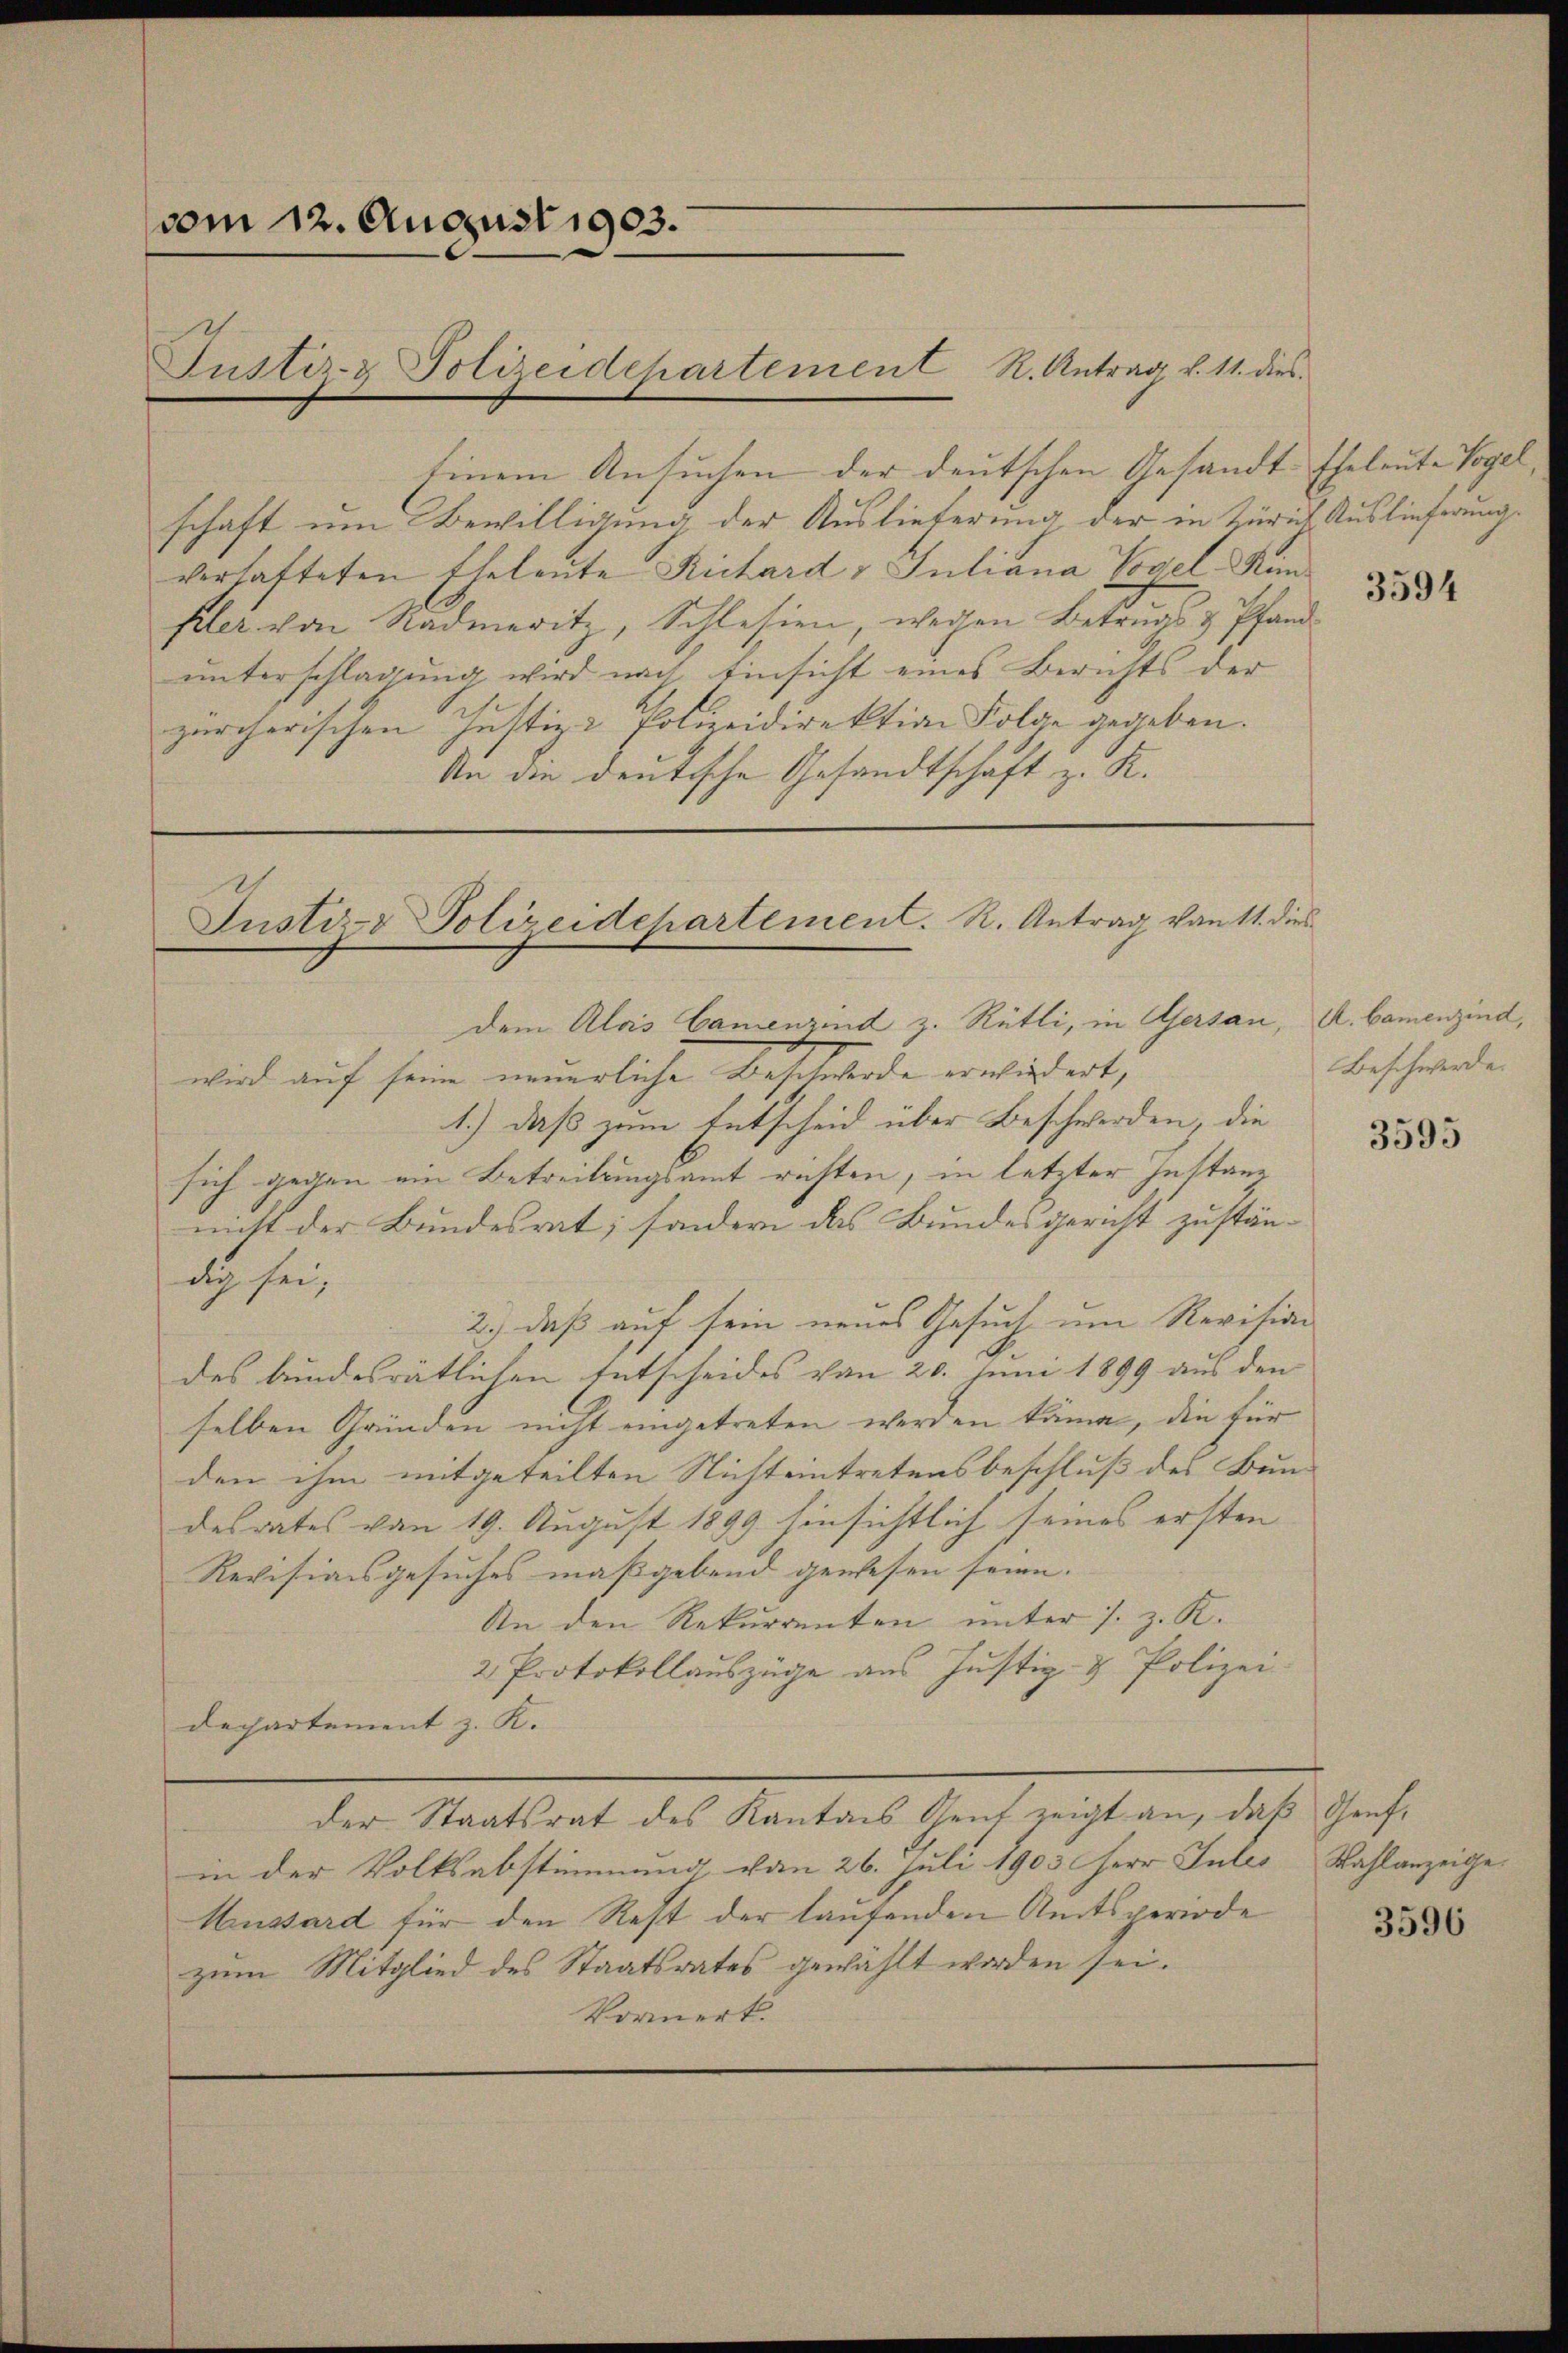
vom 12. August 1903.

Einem Ansuchen der deutschen Gesandt-Eheleute Vogel,
schaft um Bewilligung der Auslieferung der in Zürich Auslieferung.
verhafteten Eheleute Richard u Juliana Vogel, Kinfiler von Radmeritz, Schlesien, wegen Betrugs & Pfand-
unterschlagung wird nach Einsicht eines Berichts der
zürcherischen Justiz & Polizeidirektion Folge gegeben.
An die deutische Gesandtschaft z. R.

Justiz- & Polizeidchartement R. Antrag v. 11. dies

Justiz- & Polizeidchartement. R. Antrag vom 11. dies

dem Alois Camenzind z. Rütli, in Gersan, A. bamenzind,
wird auf seine neuerliche Beschwerde erwiedert,
1.) Daß zum Entscheid über Beschwerden, die
sich gegen ein Betreitungsamt richten, in letzter Instanz
nicht der Bundesrat; sondern das Bundesgericht zustän-
dig sein
2.) daß auf sein neues Gesuch um Revision
des bundesrätlichen Entscheides von 20. Juni 1899 aus den
selben Gründen nicht eingetreten werden käme, die für
den ihm mitgeteilten Nichteintretensbeschluß des Bun-
desrates von 19. August 1899 hinsichtlich seines ersten
Revisionsgesuches maßgebend gewesen seien.
An den Rekurrenten unter s. z. K.
2 Protokollauszüge aus Justiz- & Polizei-
Departement z. K.
der Staatsrat des Kantons Genf zeigt an, daß Genfin der Volksabstimmung, von 26. Juli 1903 Herr Gutes Wahlanzeithe
Hussard für den Rest der laufenden Amtsperiode
zum Mitglied des Staatsrates gewählt worden sei.
Vormerk.

3594

Beschwerde.

3595

3596